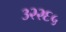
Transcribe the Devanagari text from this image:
३२२६५